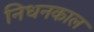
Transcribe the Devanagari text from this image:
निधनकाल